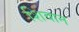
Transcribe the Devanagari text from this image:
शिवान